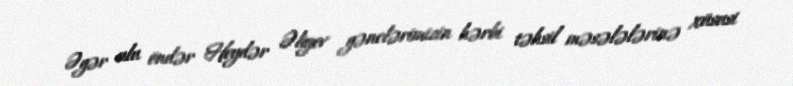
Əgər ulu öndər Heydər Əliyev gənclərimizin hərbi təhsil məsələlərinə xüsusi